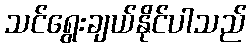
သင်ရွေးချယ်နိုင်ပါသည်